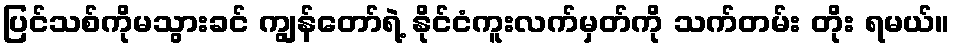
ပြင်သစ်ကိုမသွားခင် ကျွန်တော်ရဲ့ နိုင်ငံကူးလက်မှတ်ကို သက်တမ်း တိုး ရမယ်။